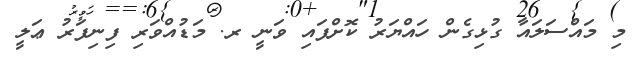
މި މައްސަލައާ ގުޅިގެން ހައްޔަރު ކޮށްފައި ވަނީ ރ. މަޑުއްވަރި ފިނިފަރު ޢަލީ